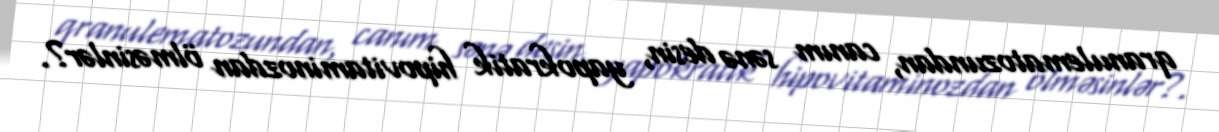
qranulematozundan, canım sənə desin, yapokratik hipovitaminozdan ölməsinlər?.